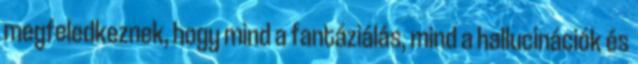
megfeledkeznek, hogy mind a fantáziálás, mind a hallucinációk és